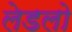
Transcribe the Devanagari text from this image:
लेडलो